Civil Veterinary Dept. Bombay admin report 1893-99 - 1893-1899
Year: 1893
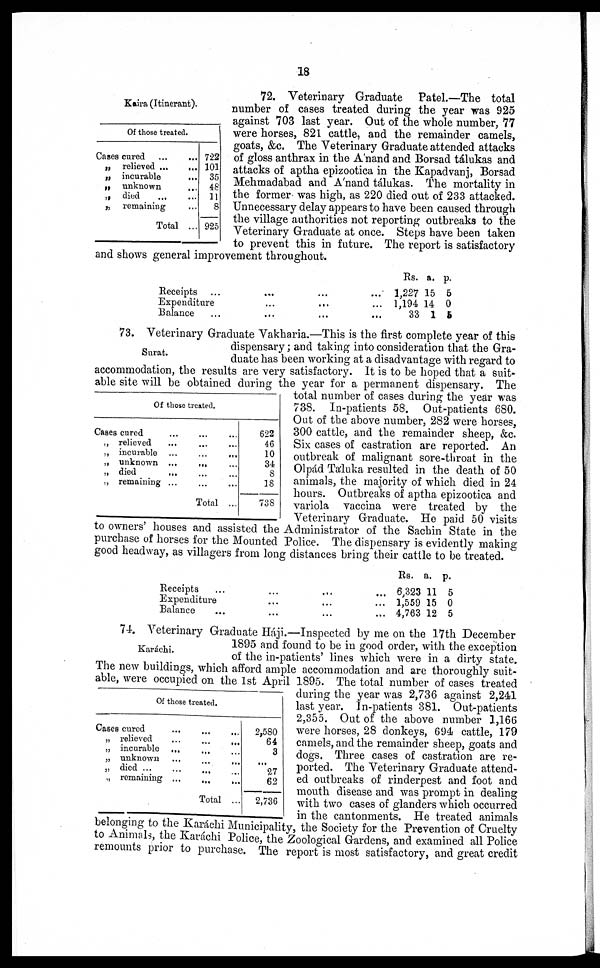
18
Kaira (Itinerant).
72. Veterinary Graduate Patel.—The total
number of cases treated during the year was 925
against 703 last year. Out of the whole number, 77
were horses, 821 cattle, and the remainder camels,
goats, &c. The Veterinary Graduate attended attacks
of gloss anthrax in the A'nand and Borsad tálukas and
attacks of aptha epizootica in the Kapadvanj, Borsad
Mehmadabad and A'nand tálukas. The mortality in
the former was high, as 220 died out of 233 attacked.
Unnecessary delay appears to have been caused through
the village authorities not reporting outbreaks to the
Veterinary Graduate at once. Steps have been taken
to prevent this in future. The report is satisfactory
and shows general improvement throughout.
Of those treated.
Cases cured
...
...
„ relieved ...
...
„ incurable
...
„ unknown …
„ died … …
„ remaining …
Total ...
722
101
35
48
11
8
925
Receipts …
Expenditure
Balance...
...
...
... …
...
…
... …
...
...
...
Rs.
1,227
1,194
33
a.
15
14
1
p.
5
0
6
Surat.
73. Veterinary Graduate Vakharia.—This is the first complete year of this
dispensary ; and taking into consideration that the Gra-
duate has been working at a disadvantage with regard to
accommodation, the results are very satisfactory. It is to be hoped that a suit-
able site will be obtained during the year for a permanent dispensary. The
total number of cases during the year was
738. In-patients 58. Out-patients 680.
Out of the above number, 282 were horses,
300 cattle, and the remainder sheep, &c.
Six cases of castration are reported. An
outbreak of malignant sore-throat in the
Olpád Táluka resulted in the death of 50
animals, the majority of which died in 24
hours. Outbreaks of aptha epizootica and
variola vaccina were treated by the
Veterinary Graduate. He paid 50 visits
to owners' houses and assisted the Administrator of the Sachin State in the
purchase of horses for the Mounted Police. The dispensary is evidently making
good headway, as villagers from long distances bring their cattle to be treated.
Of those treated.
Cases cured …
„ relieved …
„ incurable …
„ unknown ...
„ died …
„ remaining ...
... ...
… …
… …
… …
… …
… …
Total ...
622
46
10
34
8
18
738
Receipts … …
Expenditure …
Balance … …
Rs.
... … 6,323
… ... 1,559
... … 4,763
a.
11
15
12
p.
5
0
5
Karáchi.
74. Veterinary Graduate Háji.—Inspected by me on the 17th December
1895 and found to be in good order, with the exception
of the in-patients' lines which were in a dirty state.
The new buildings, which afford ample accommodation and are thoroughly suit-
able, were occupied on the 1st April 1895. The total number of cases treated
during the year was 2,736 against 2,241
last year. In-patients 381. Out-patients
2,355. Out of the above number 1,166
were horses, 28 donkeys, 694 cattle, 179
camels, and the remainder sheep, goats and
dogs. Three cases of castration are re-
ported. The Veterinary Graduate attend-
ed outbreaks of rinderpest and foot and
mouth disease and was prompt in dealing
with two cases of glanders which occurred
in the cantonments. He treated animals
belonging to the Karáchi Municipality, the Society for the Prevention of Cruelty
to Animals, the Karáchi Police, the Zoological Gardens, and examined all Police
remounts prior to purchase. The report is most satisfactory, and great credit
Of those treated.
Cases cured
...
„ relieved …
„ incurable …
„ unknown …
„ died ... …
„ remaining ...
… …
… …
… …
… …
… …
… …
Total ...
2,580
64
3
…
27
62
2,736